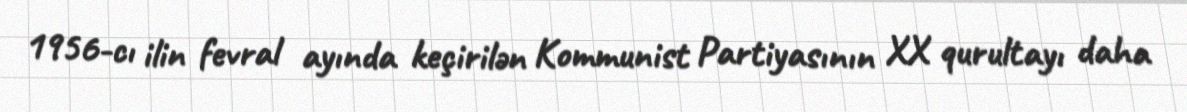
1956-cı ilin fevral ayında keçirilən Kommunist Partiyasının XX qurultayı daha